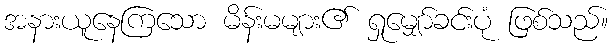
အနားယူနေကြသော မိန်းမများ၏ ရှုမျှော်ခင်းပုံ ဖြစ်သည်။